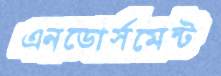
এনডোর্সমেন্ট